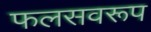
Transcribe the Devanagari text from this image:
फलसवरूप